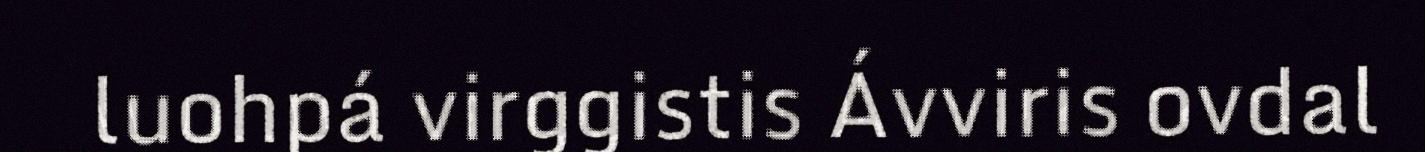
luohpá virggistis Ávviris ovdal